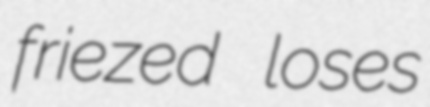
friezed loses